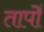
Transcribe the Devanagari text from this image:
तापोँ